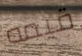
قيمه